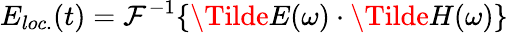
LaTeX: E_{loc.}(t)=\mathcal{F}^{-1}\{ \Tilde{E}(\omega)\cdot\Tilde{H}(\omega)\}